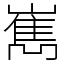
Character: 嶲